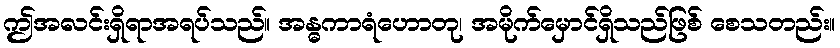
ဤအလင်းရှိရာအရပ်သည်။ အန္ဓကာရံဟောတု၊ အမိုက်မှောင်ရှိသည်ဖြစ် စေသတည်း။